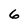
Character: 6